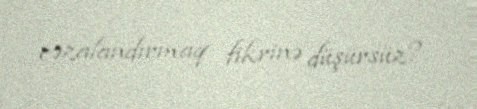
cəzalandırmaq fikrinə düşürsüz?.